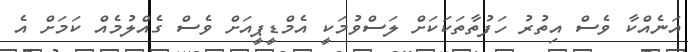
އަނެއްކާ ވެސް އިތުރު ހަފުތާތަކަކަށް ލަސްވުމަކީ އެމްޑީޕީއަށް ވެސް ގެއްލުމެއް ކަމަށް އެ